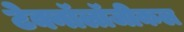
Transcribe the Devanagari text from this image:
टेक्नॉलॉजीकल